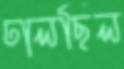
ঢালছিল